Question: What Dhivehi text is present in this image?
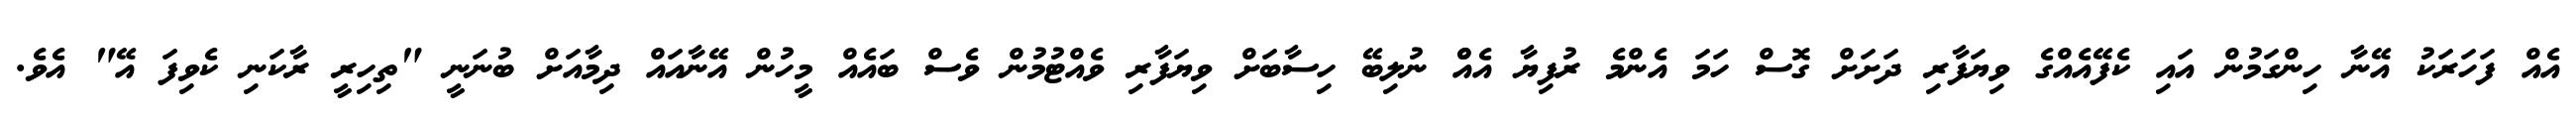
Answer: އެއް ފަހަރަކު އޭނާ ހިންގަމުން އައި ކެފޭއެއްގެ ވިޔަފާރި ދަށަށް ގޮސް ހަމަ އެންމެ ރުފިޔާ އެއްް ނުލިބޭ ހިސާބަށް ވިޔަފާރި ވެއްޓުމުން ވެސް ބައެއް މީހުން އޭނާއައް ދިމާއަށް ބުނަނީ "ތިހިރީ ރާކަނި ކެވިފަ އޭ" އެވެ.